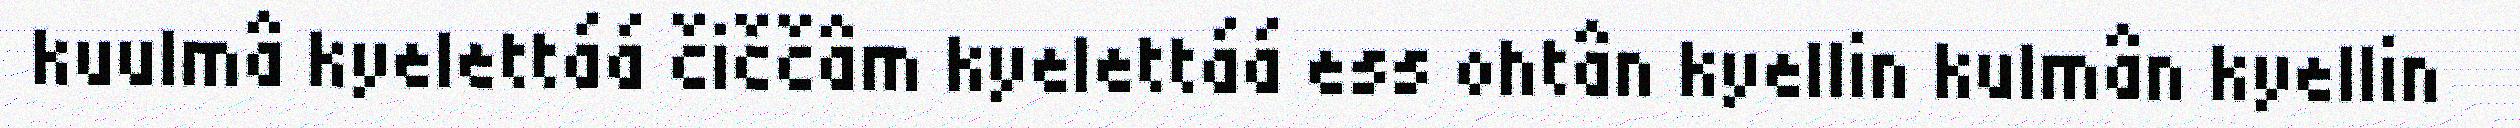
kuulmâ kyelettáá čiččâm kyelettáá ess ohtân kyellin kulmân kyellin